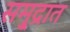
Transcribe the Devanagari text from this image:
समु्द्रात